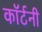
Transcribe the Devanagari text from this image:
काॅर्टनी